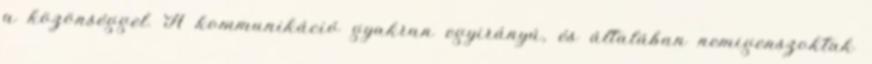
a közönséggel. A kommunikáció gyakran egyirányú, és általában nemigenszoktak